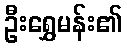
ဦးရွှေမန်း၏